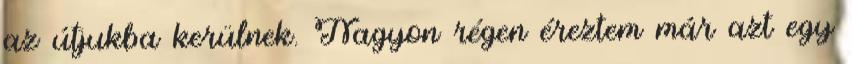
az útjukba kerülnek. Nagyon régen éreztem már azt egy